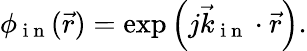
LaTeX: \phi_{\mathrm{~i~n~}}(\vec{r})=\exp{\left(j\vec{k}_{\mathrm{~i~n~}}\cdot\vec{r}\right)}.